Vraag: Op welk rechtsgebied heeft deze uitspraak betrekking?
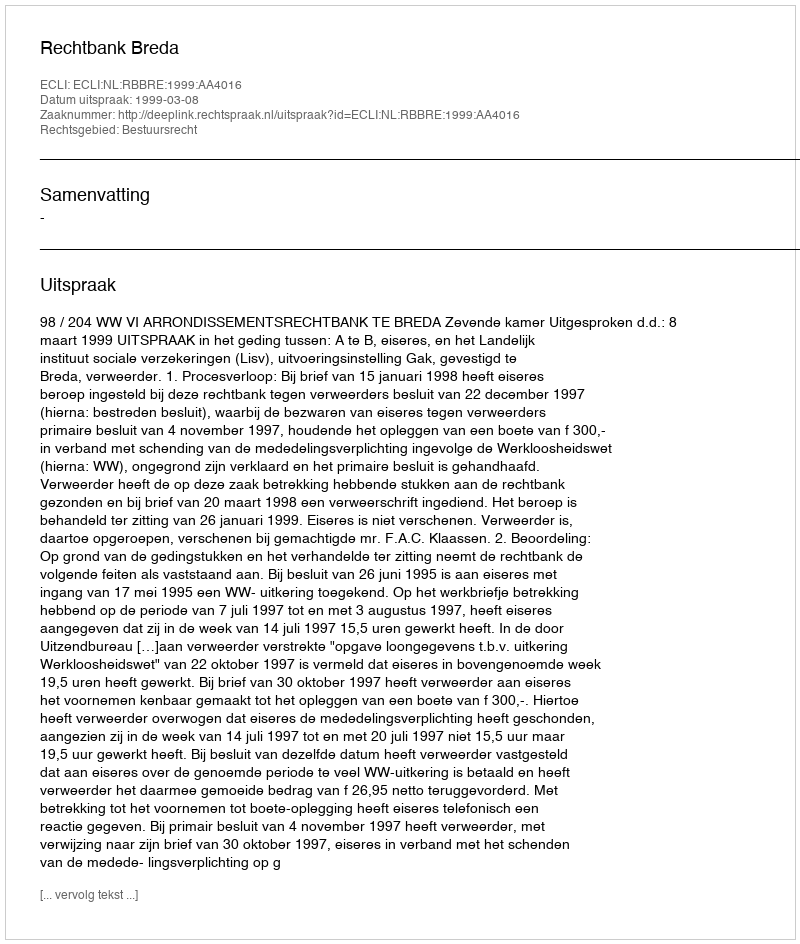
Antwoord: Bestuursrecht